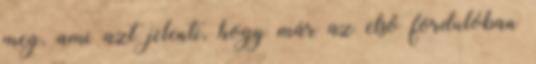
meg, ami azt jelenti, hogy már az első fordulóban